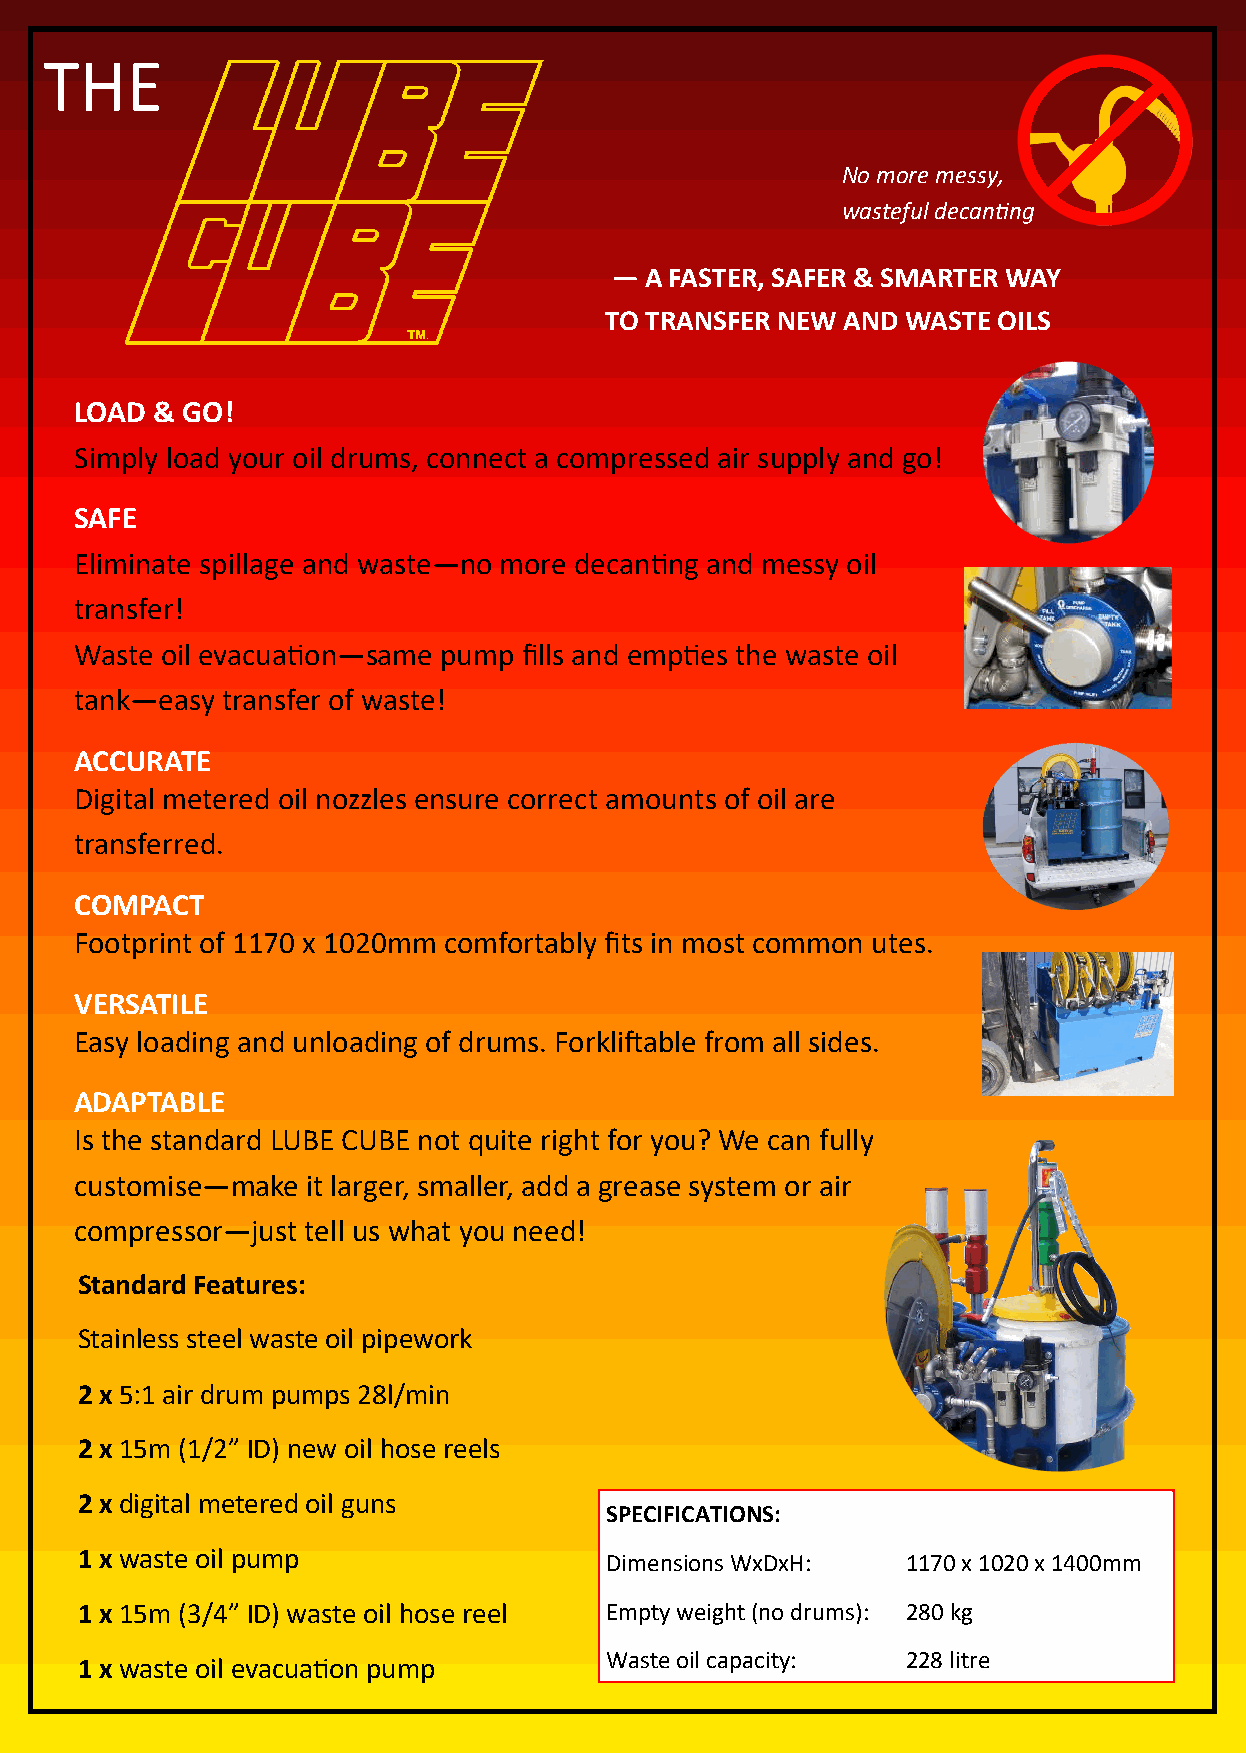
THE
 No more messy,
 wasteful decanting
 — A FASTER, SAFER & SMARTER WAY
 TO TRANSFER NEW AND WASTE OILS
 - SYSTEMS    ENGINEERED       TO   MAXIMISE      EFFICIENCY    -
 LOAD & GO!
 We  can help with design, supply and install of reticulated services
 Simply load your oil drums, connect a compressed air supply and go!
 including oils, grease, coolant, compressed air and waste oil systems.
 SAFE
 Eliminate spillage and waste—no more decanting and messy oil
 transfer!
 Waste oil evacuation—same pump fills and empties the waste oil
 tank—easy transfer of waste!
 ACCURATE
 Digital metered oil nozzles ensure correct amounts of oil are
 transferred.
 COMPACT                                                                                                      Hose  reel gantries
 •
 Footprint of 1170 x 1020mm comfortably fits in most common utes.
 Service  pit fitouts
 •
 VERSATILE
 Stainless steel pipework
 Easy loading and unloading of drums. Forkliftable from all sides.                                      •
 Heavy  vehicle  hoists
 ADAPTABLE                                                                                                •
 Is the standard LUBE CUBE not quite right for you? We can fully
 Compressed    air systems
 •
 customise—make it larger, smaller, add a grease system or air
 compressor—just tell us what you need!
 Standard Features:
 Stainless steel waste oil pipework
 2 x 5:1 air drum pumps 28l/min
 2 x 15m (1/2” ID) new oil hose reels
 2 x digital metered oil guns
 SPECIFICATIONS:
 1 x waste oil pump                 Dimensions WxDxH:   1170 x 1020 x 1400mm
 1 x 15m (3/4” ID) waste oil hose reel Empty weight (no drums): 280 kg
 1 x waste oil evacuation pump      Waste oil capacity: 228 litre                   Contact us to discuss your requirements! 1800 088 990 team@airquippipetool.com.au
 All rights reserved. E&OE